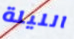
الليلة